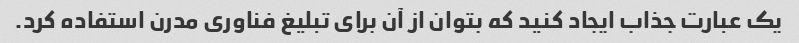
یک عبارت جذاب ایجاد کنید که بتوان از آن برای تبلیغ فناوری مدرن استفاده کرد.